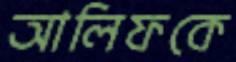
আলিফকে